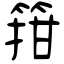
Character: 箝